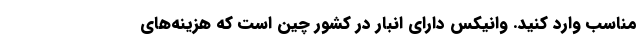
مناسب وارد کنید. وانیکس دارای انبار در کشور چین است که هزینه‌های